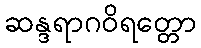
ဆန္ဒရာဂဝိရတ္တော